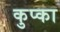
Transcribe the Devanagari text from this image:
कुप्का